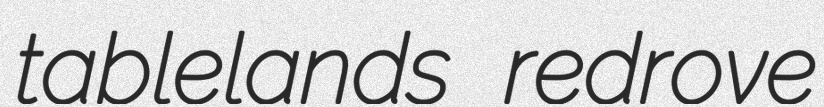
tablelands redrove